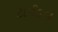
ટાઈડલ